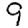
Digit: 9